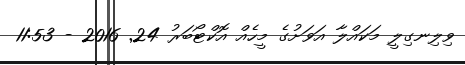
ވިލިނގިލީ މަކައްލާ އަވަށުގެ މީހެއް އޮކްޓޯބަރު 24